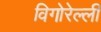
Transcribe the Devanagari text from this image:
विगोरेल्ली